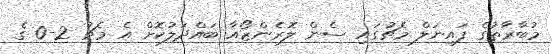
މުބާރާތުގެ ފައިނަލް މެޗުގައި ސެން ލޮރެންޒޯއާ ބައްދަލުކޮށް އެ މެޗު 2-0 ގެ